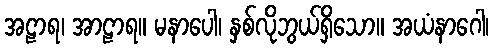
အဠာရ၊ အာဠာရ။ မနာပေါ၊ နှစ်လိုဘွယ်ရှိသော။ အယံနာဂေါ၊